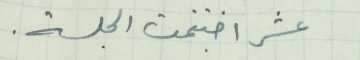
عشر اختتمت الجلسة.